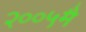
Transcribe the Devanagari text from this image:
२००५मै